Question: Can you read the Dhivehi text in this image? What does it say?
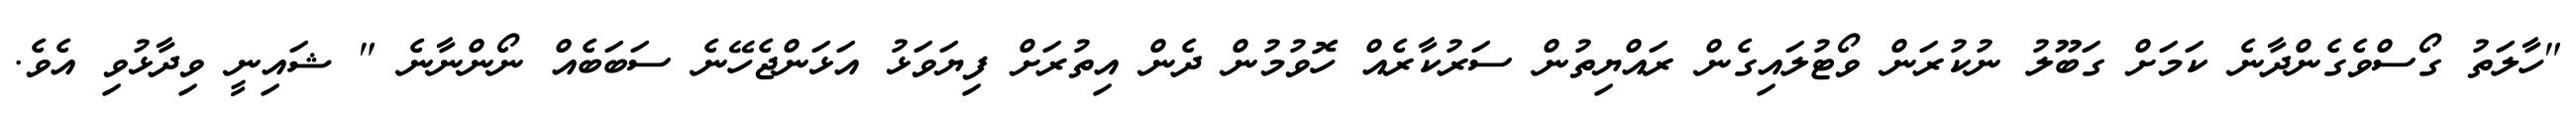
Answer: "ހާލަތު ގޯސްވެގެންދާނެ ކަމަށް ގަބޫލު ނުކުރަން ވޯޓުލައިގެން ރައްޔިތުން ސަރުކާރެއް ހޮވުމުން ދެން އިތުރަށް ފިޔަވަޅު އަޅަންޖެހޭނެ ސަބަބެއް ނޯންނާނެ " ޝައިނީ ވިދާޅުވި އެވެ.